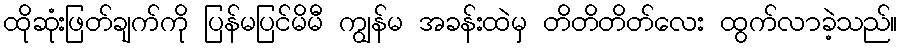
ထိုဆုံးဖြတ်ချက်ကို ပြန်မပြင်မိမီ ကျွန်မ အခန်းထဲမှ တိတိတိတ်လေး ထွက်လာခဲ့သည်။